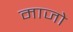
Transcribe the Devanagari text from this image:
माजो